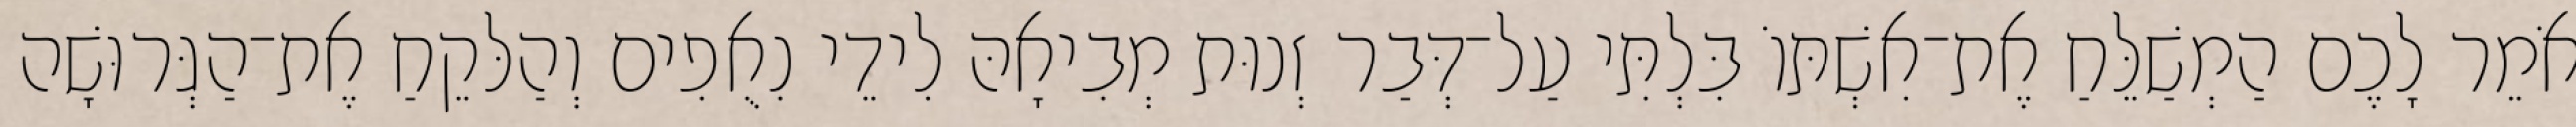
אֹמֵר לָכֶם הַמְשַׁלֵּחַ אֶת־אִשְׁתּוֹ בִּלְתִּי עַל־דְּבַר זְנוּת מְבִיאָהּ לִידֵי נִאֻפִים וְהַלּקֵחַ אֶת־הַגְּרוּשָׁה